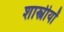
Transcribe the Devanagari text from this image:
शास्त्रीयों